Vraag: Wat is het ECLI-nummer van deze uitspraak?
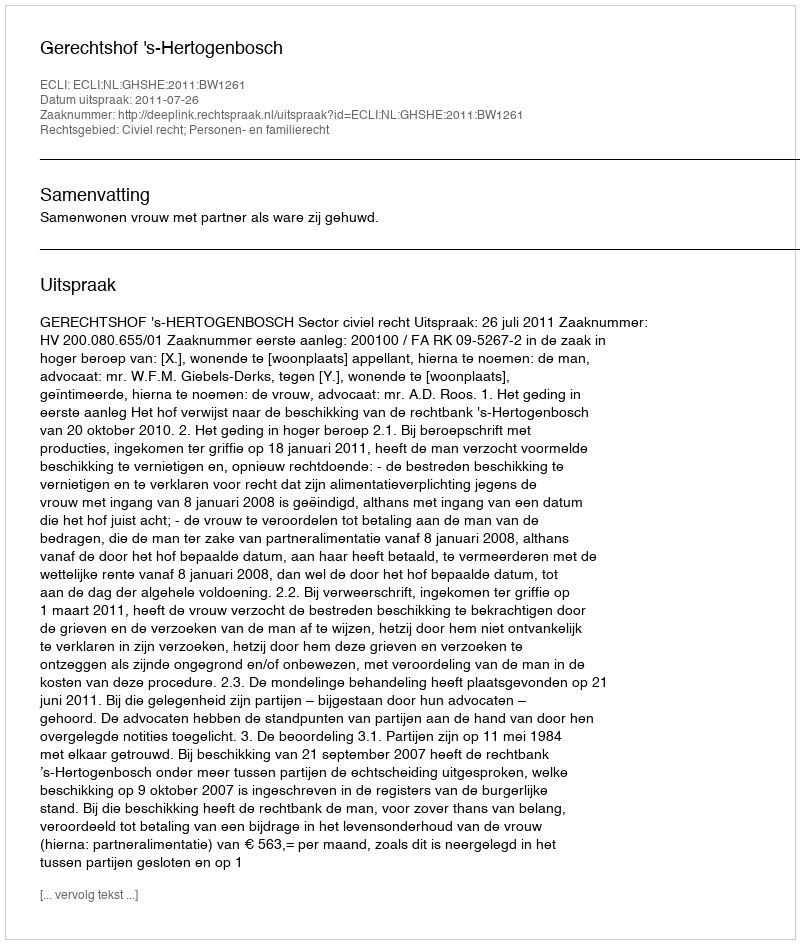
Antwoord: ECLI:NL:GHSHE:2011:BW1261